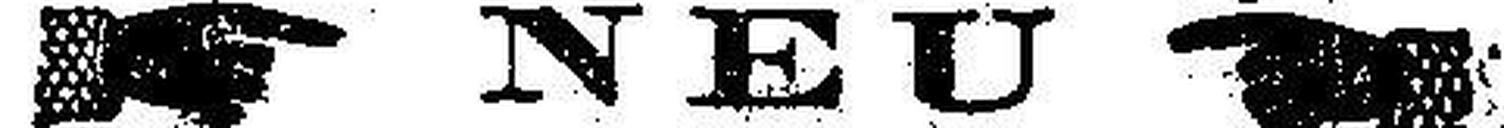
NEU